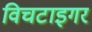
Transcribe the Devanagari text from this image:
विचटाइगर